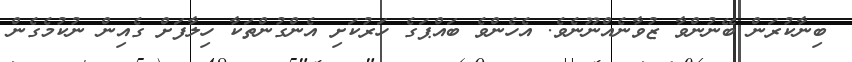
ބިނާކުރަން ބޭނުންވާ ޒުވާނެއްނޫނެވެ. އެހެންވެ ބައްޕަގެ ހަރުކަށި އެންގުންތަކާ ހިލާފަށް ގެއިން ނުކުމެގެން